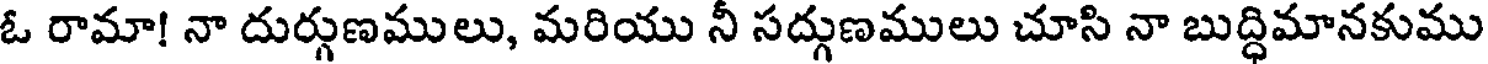
ఓ రామా! నా దుర్గుణములు, మరియు నీ సద్గుణములు చూసి నా బుద్ధిమానకుము